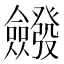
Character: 𭯆